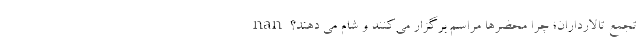
nan تجمع تالارداران؛ چرا محضرها مراسم برگزار می‌کنند و شام می دهند؟